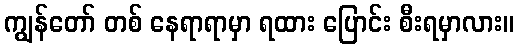
ကျွန်တော် တစ် နေရာရာမှာ ရထား ပြောင်း စီးရမှာလား။